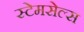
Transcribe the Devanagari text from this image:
स्टेमसेल्स